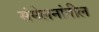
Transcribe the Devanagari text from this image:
संमेलनांतील